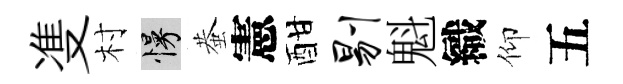
㕠村慢蛬憲酣剔魁織仰五